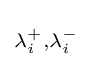
\scriptstyle {\lambda _{i}^{+},\lambda _{i}^{-}}